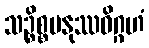
သဉ္စိစ္စမနုဿဝိဂ္ဂဟံ